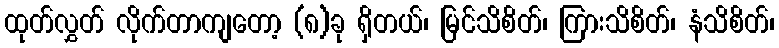
ထုတ်လွှတ် လိုက်တာကျတော့ (၈)ခု ရှိတယ်၊ မြင်သိစိတ်၊ ကြားသိစိတ်၊ နံသိစိတ်၊